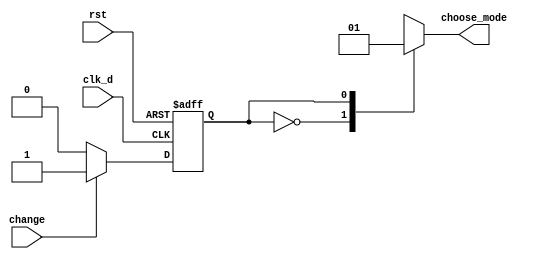
`timescale 1ns / 1ps
//////////////////////////////////////////////////////////////////////////////////
// Company: 
// Engineer: 
// 
// Design Name: 
// Module Name: counter_d1
// Project Name: 
// Target Devices: 
// Tool Versions: 
// Description: 
// 
// Dependencies: 
// 
// Revision:
// Revision 0.01 - File Created
// Additional Comments:
// 
//////////////////////////////////////////////////////////////////////////////////


module fsm(
    clk_d,
    change,
    rst,
    choose_mode
    );
    input clk_d;
    input change;
    input rst;
    output reg choose_mode;
    reg state;   //0 is month/day , 1 is year
    reg next_state;
    
    initial begin
    state = 1'b1;
    end
    
    always@( posedge clk_d or posedge rst )
        if(rst)
            state <= 1'b0;
        else
            state <= next_state;
    
    
    always@( change or state )
        case(state)
            1'b0 :
            if( change )
                next_state <= 1'b1;
            else
                next_state <= 1'b0;
            1'b1 :
            if( change )
                next_state <= 1'b1;
            else
                next_state <= 1'b0;
            default : 
                next_state <= 1'b0;
        endcase
    
    always@(state)
        case(state)
          1'b0 : choose_mode = 0;
          1'b1 : choose_mode = 1;
          default : choose_mode = 0;
        endcase 
endmodule